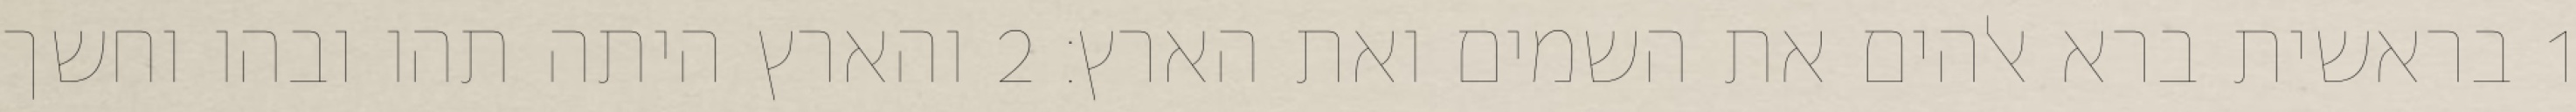
1 בראשית ברא אלהים את השמים ואת הארץ׃ ‎2‏ והארץ היתה תהו ובהו וחשך